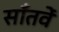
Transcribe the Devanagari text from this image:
साँतवें